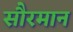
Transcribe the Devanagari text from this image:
सौरमान